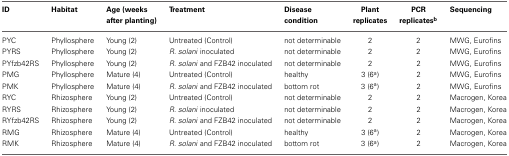
<table><thead><tr><td><b>ID</b></td><td><b>Habitat</b></td><td><b>Age (weeks after planting)</b></td><td><b>Treatment</b></td><td><b>Disease condition</b></td><td><b>Plant replicates</b></td><td><b>PCR replicates<sup>b</sup></b></td><td><b>Sequencing</b></td></tr></thead><tbody><tr><td>PYC</td><td>Phyllosphere</td><td>Young (2)</td><td>Untreated (Control)</td><td>not determinable</td><td>2</td><td>2</td><td>MWG, Eurofins</td></tr><tr><td>PYRS</td><td>Phyllosphere</td><td>Young (2)</td><td><i>R. solani</i> inoculated</td><td>not determinable</td><td>2</td><td>2</td><td>MWG, Eurofins</td></tr><tr><td>PYfzb42RS</td><td>Phyllosphere</td><td>Young (2)</td><td><i>R. solani</i> and FZB42 inoculated</td><td>not determinable</td><td>2</td><td>2</td><td>MWG, Eurofins</td></tr><tr><td>PMG</td><td>Phyllosphere</td><td>Mature (4)</td><td>Untreated (Control)</td><td>healthy</td><td>3 (6<sup>a</sup>)</td><td>2</td><td>MWG, Eurofins</td></tr><tr><td>PMK</td><td>Phyllosphere</td><td>Mature (4)</td><td><i>R. solani</i> and FZB42 inoculated</td><td>bottom rot</td><td>3 (6<sup>a</sup>)</td><td>2</td><td>MWG, Eurofins</td></tr><tr><td>RYC</td><td>Rhizosphere</td><td>Young (2)</td><td>Untreated (Control)</td><td>not determinable</td><td>2</td><td>2</td><td>Macrogen, Korea</td></tr><tr><td>RYRS</td><td>Rhizosphere</td><td>Young (2)</td><td><i>R. solani</i> inoculated</td><td>not determinable</td><td>2</td><td>2</td><td>Macrogen, Korea</td></tr><tr><td>RYfzb42RS</td><td>Rhizosphere</td><td>Young (2)</td><td><i>R. solani</i> and FZB42 inoculated</td><td>not determinable</td><td>2</td><td>2</td><td>Macrogen, Korea</td></tr><tr><td>RMG</td><td>Rhizosphere</td><td>Mature (4)</td><td>Untreated (Control)</td><td>healthy</td><td>3 (6<sup>a</sup>)</td><td>2</td><td>Macrogen, Korea</td></tr><tr><td>RMK</td><td>Rhizosphere</td><td>Mature (4)</td><td><i>R. solani</i> and FZB42 inoculated</td><td>bottom rot</td><td>3 (6<sup>a</sup>)</td><td>2</td><td>Macrogen, Korea</td></tr></tbody></table>